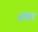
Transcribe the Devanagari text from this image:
ॲलर